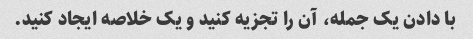
با دادن یک جمله، آن را تجزیه کنید و یک خلاصه ایجاد کنید.